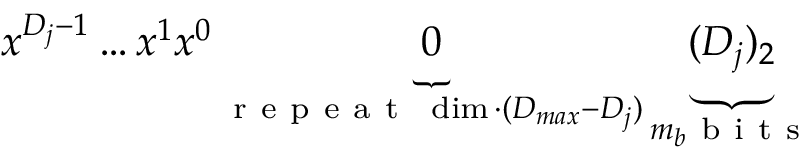
\boldsymbol { x } ^ { D _ { j } - 1 } \ldots \boldsymbol { x } ^ { 1 } \boldsymbol { x } ^ { 0 } \underbrace { 0 } _ { \mathrm { ~ r ~ e ~ p ~ e ~ a ~ t ~ } \ \dim \cdot ( D _ { m a x } - D _ { j } ) } \underbrace { ( D _ { j } ) _ { 2 } } _ { m _ { b } \mathrm { ~ b ~ i ~ t ~ s ~ } }